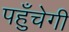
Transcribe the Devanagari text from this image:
पहँुचेगी